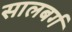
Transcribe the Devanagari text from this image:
सालबर्ग